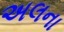
અલના